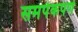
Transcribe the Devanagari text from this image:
समर्पकपणे